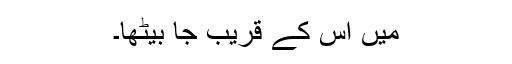
میں اس کے قریب جا بیٹھا۔